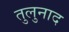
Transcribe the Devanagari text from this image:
तुलुनाद